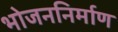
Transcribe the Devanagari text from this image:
भोजननिर्माण